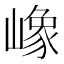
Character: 嶑